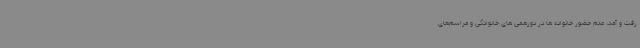
رفت و آمد، عدم حضور خانواده ها در دورهمی های خانوادگی و مراسم‌های